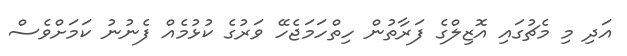
އަދި މި މެޗުގައި އޮޒިލްގެ ފަރާތުން ހިތްހަމަޖެހޭ ވަރުގެ ކުޅުމެއް ފެނުނު ކަމަށްވެސް